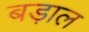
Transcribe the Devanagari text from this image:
बड़ाल